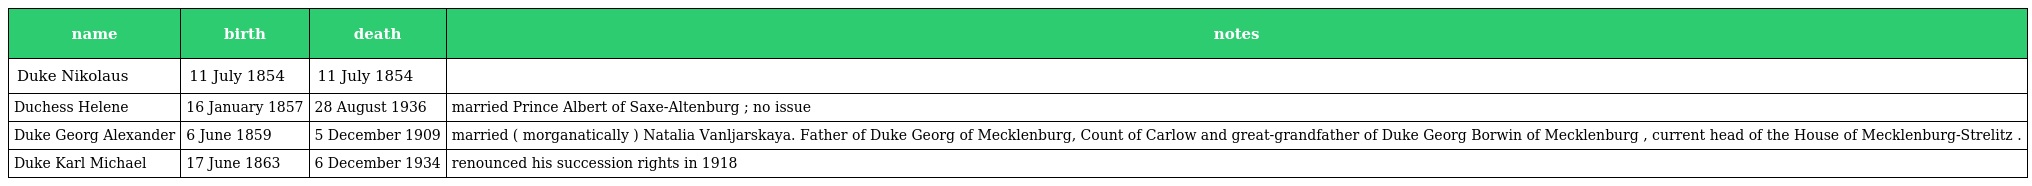
| name | birth | death | notes |
 | --- | --- | --- | --- |
 | Duke Nikolaus | 11 July 1854 | 11 July 1854 |  |
 | Duchess Helene | 16 January 1857 | 28 August 1936 | married Prince Albert of Saxe-Altenburg ; no issue |
 | Duke Georg Alexander | 6 June 1859 | 5 December 1909 | married ( morganatically ) Natalia Vanljarskaya. Father of Duke Georg of Mecklenburg, Count of Carlow and great-grandfather of Duke Georg Borwin of Mecklenburg , current head of the House of Mecklenburg-Strelitz . |
 | Duke Karl Michael | 17 June 1863 | 6 December 1934 | renounced his succession rights in 1918 |